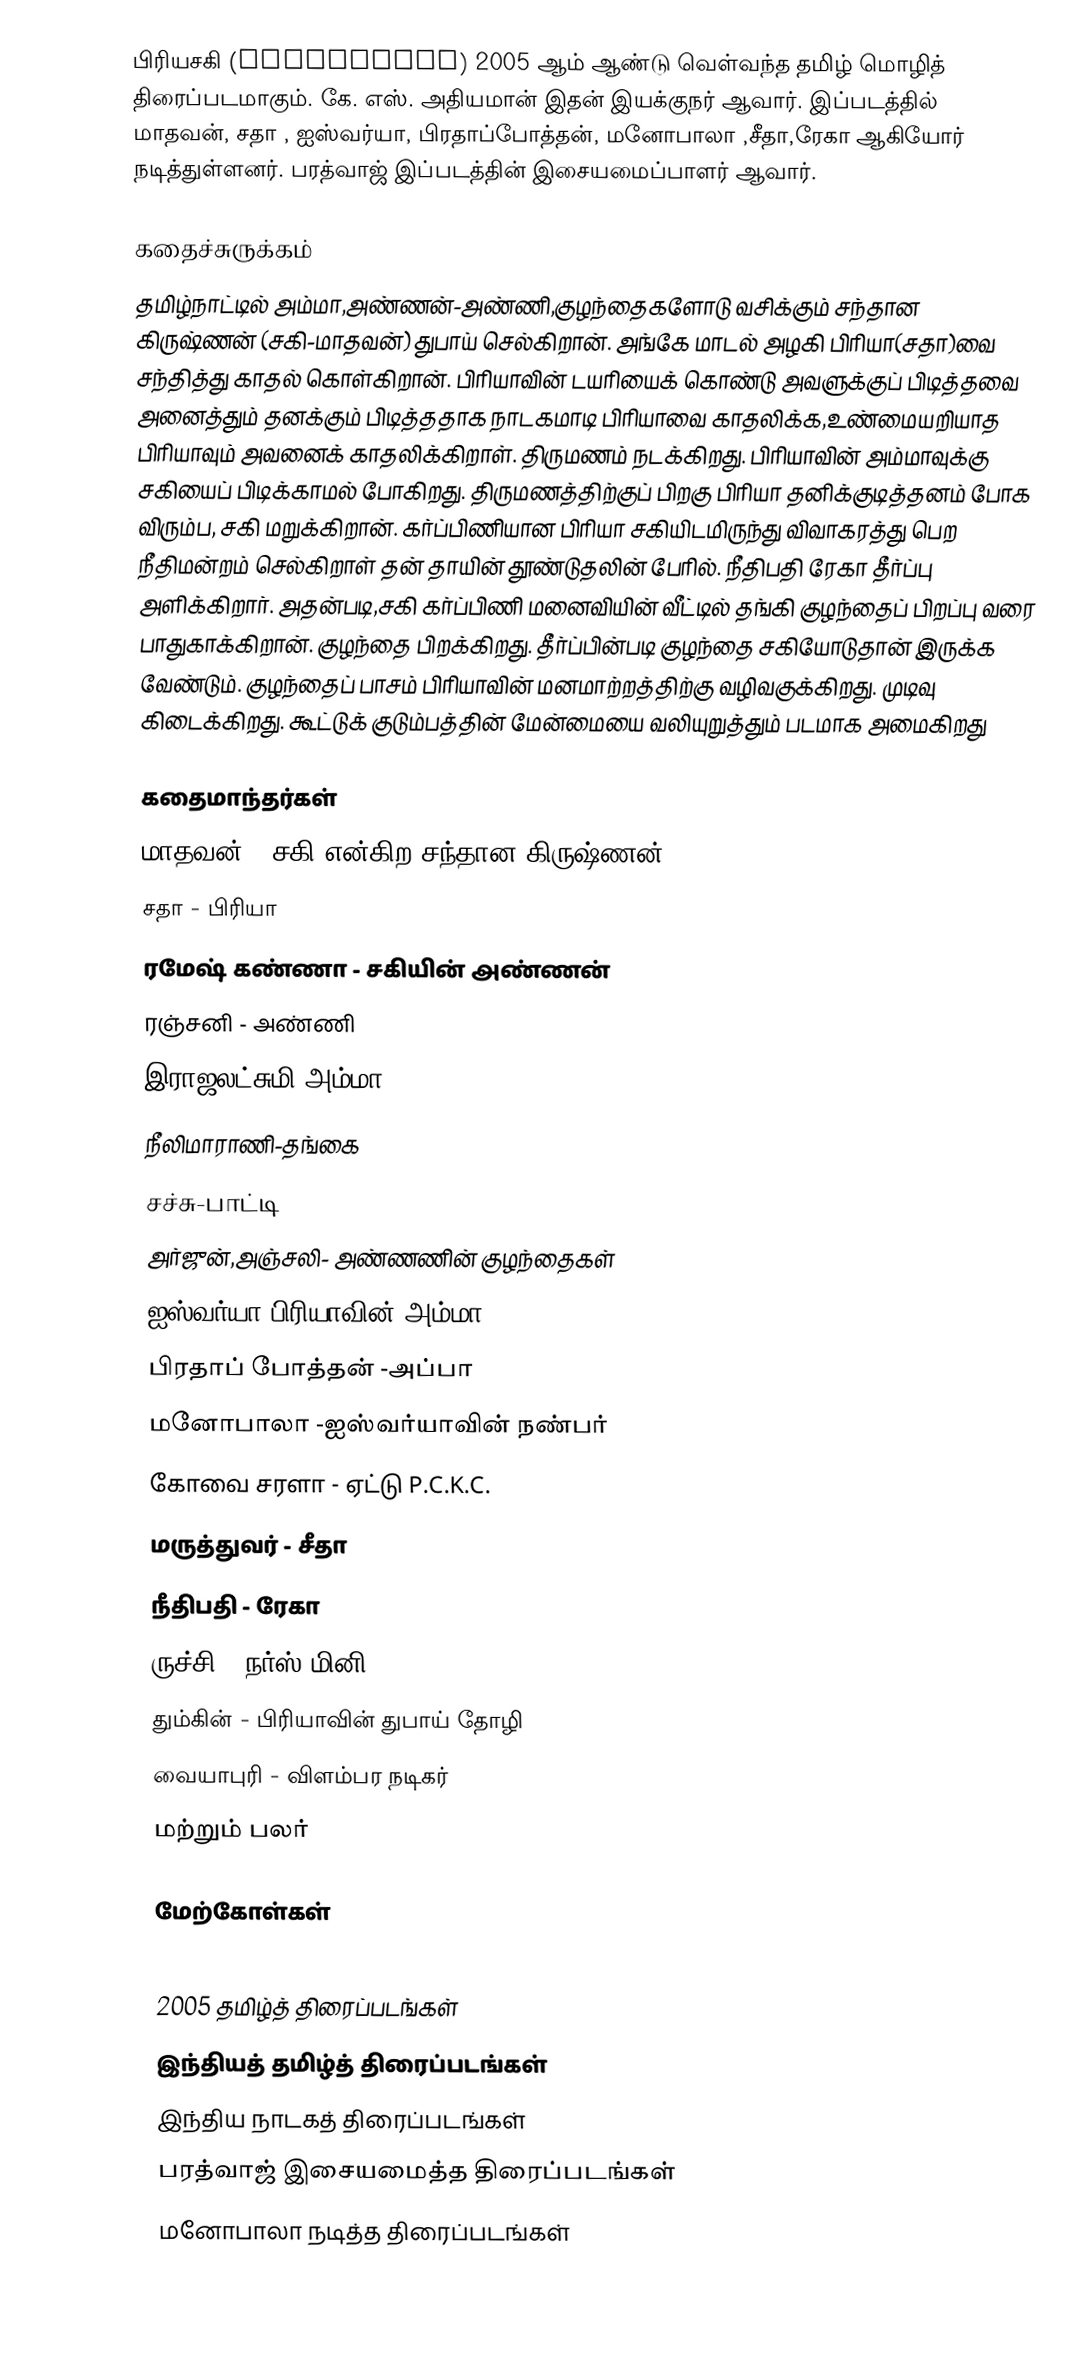
பிரியசகி (Priyasakhi) 2005 ஆம் ஆண்டு வெள்வந்த தமிழ் மொழித் திரைப்படமாகும். கே. எஸ். அதியமான் இதன் இயக்குநர் ஆவார். இப்படத்தில் மாதவன், சதா , ஐஸ்வர்யா, பிரதாப்போத்தன், மனோபாலா ,சீதா,ரேகா ஆகியோர் நடித்துள்ளனர். பரத்வாஜ் இப்படத்தின் இசையமைப்பாளர் ஆவார்.

கதைச்சுருக்கம்
தமிழ்நாட்டில் அம்மா,அண்ணன்-அண்ணி,குழந்தைகளோடு வசிக்கும் சந்தான கிருஷ்ணன் (சகி-மாதவன்) துபாய் செல்கிறான். அங்கே மாடல் அழகி பிரியா(சதா)வை சந்தித்து காதல் கொள்கிறான். பிரியாவின் டயரியைக் கொண்டு அவளுக்குப் பிடித்தவை அனைத்தும் தனக்கும் பிடித்ததாக நாடகமாடி பிரியாவை காதலிக்க,உண்மையறியாத பிரியாவும் அவனைக் காதலிக்கிறாள். திருமணம் நடக்கிறது. பிரியாவின் அம்மாவுக்கு சகியைப் பிடிக்காமல் போகிறது. திருமணத்திற்குப் பிறகு பிரியா தனிக்குடித்தனம் போக விரும்ப, சகி மறுக்கிறான். கர்ப்பிணியான பிரியா சகியிடமிருந்து விவாகரத்து பெற நீதிமன்றம் செல்கிறாள் தன் தாயின் தூண்டுதலின் பேரில். நீதிபதி ரேகா தீர்ப்பு அளிக்கிறார். அதன்படி,சகி கர்ப்பிணி மனைவியின் வீட்டில் தங்கி குழந்தைப் பிறப்பு வரை பாதுகாக்கிறான். குழந்தை பிறக்கிறது. தீர்ப்பின்படி குழந்தை சகியோடுதான் இருக்க வேண்டும். குழந்தைப் பாசம் பிரியாவின் மனமாற்றத்திற்கு வழிவகுக்கிறது. முடிவு கிடைக்கிறது. கூட்டுக் குடும்பத்தின் மேன்மையை வலியுறுத்தும் படமாக அமைகிறது

கதைமாந்தர்கள்
மாதவன் - சகி என்கிற சந்தான கிருஷ்ணன்
 சதா - பிரியா
 ரமேஷ் கண்ணா - சகியின் அண்ணன்
 ரஞ்சனி - அண்ணி
 இராஜலட்சுமி-அம்மா
 நீலிமாராணி-தங்கை
 சச்சு-பாட்டி
 அர்ஜுன்,அஞ்சலி- அண்ணணின் குழந்தைகள்
 ஐஸ்வர்யா-பிரியாவின் அம்மா
 பிரதாப் போத்தன் -அப்பா
 மனோபாலா -ஐஸ்வர்யாவின் நண்பர்
 கோவை சரளா - ஏட்டு P.C.K.C.
 மருத்துவர் - சீதா
 நீதிபதி - ரேகா
 ருச்சி - நர்ஸ் மினி
 தும்கின் - பிரியாவின் துபாய் தோழி
 வையாபுரி - விளம்பர நடிகர்
மற்றும் பலர்

மேற்கோள்கள்

2005 தமிழ்த் திரைப்படங்கள்
இந்தியத் தமிழ்த் திரைப்படங்கள்
இந்திய நாடகத் திரைப்படங்கள்
பரத்வாஜ் இசையமைத்த திரைப்படங்கள்
மனோபாலா நடித்த திரைப்படங்கள்